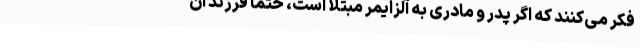
فکر می‌کنند که اگر پدر و مادری به آلزایمر مبتلا است، حتما فرزند آن